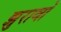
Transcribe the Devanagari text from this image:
झुरावो